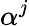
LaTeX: \alpha^{j}